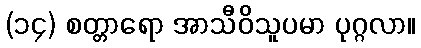
(၁၄) စတ္တာရော အာသီဝိသူပမာ ပုဂ္ဂလာ။